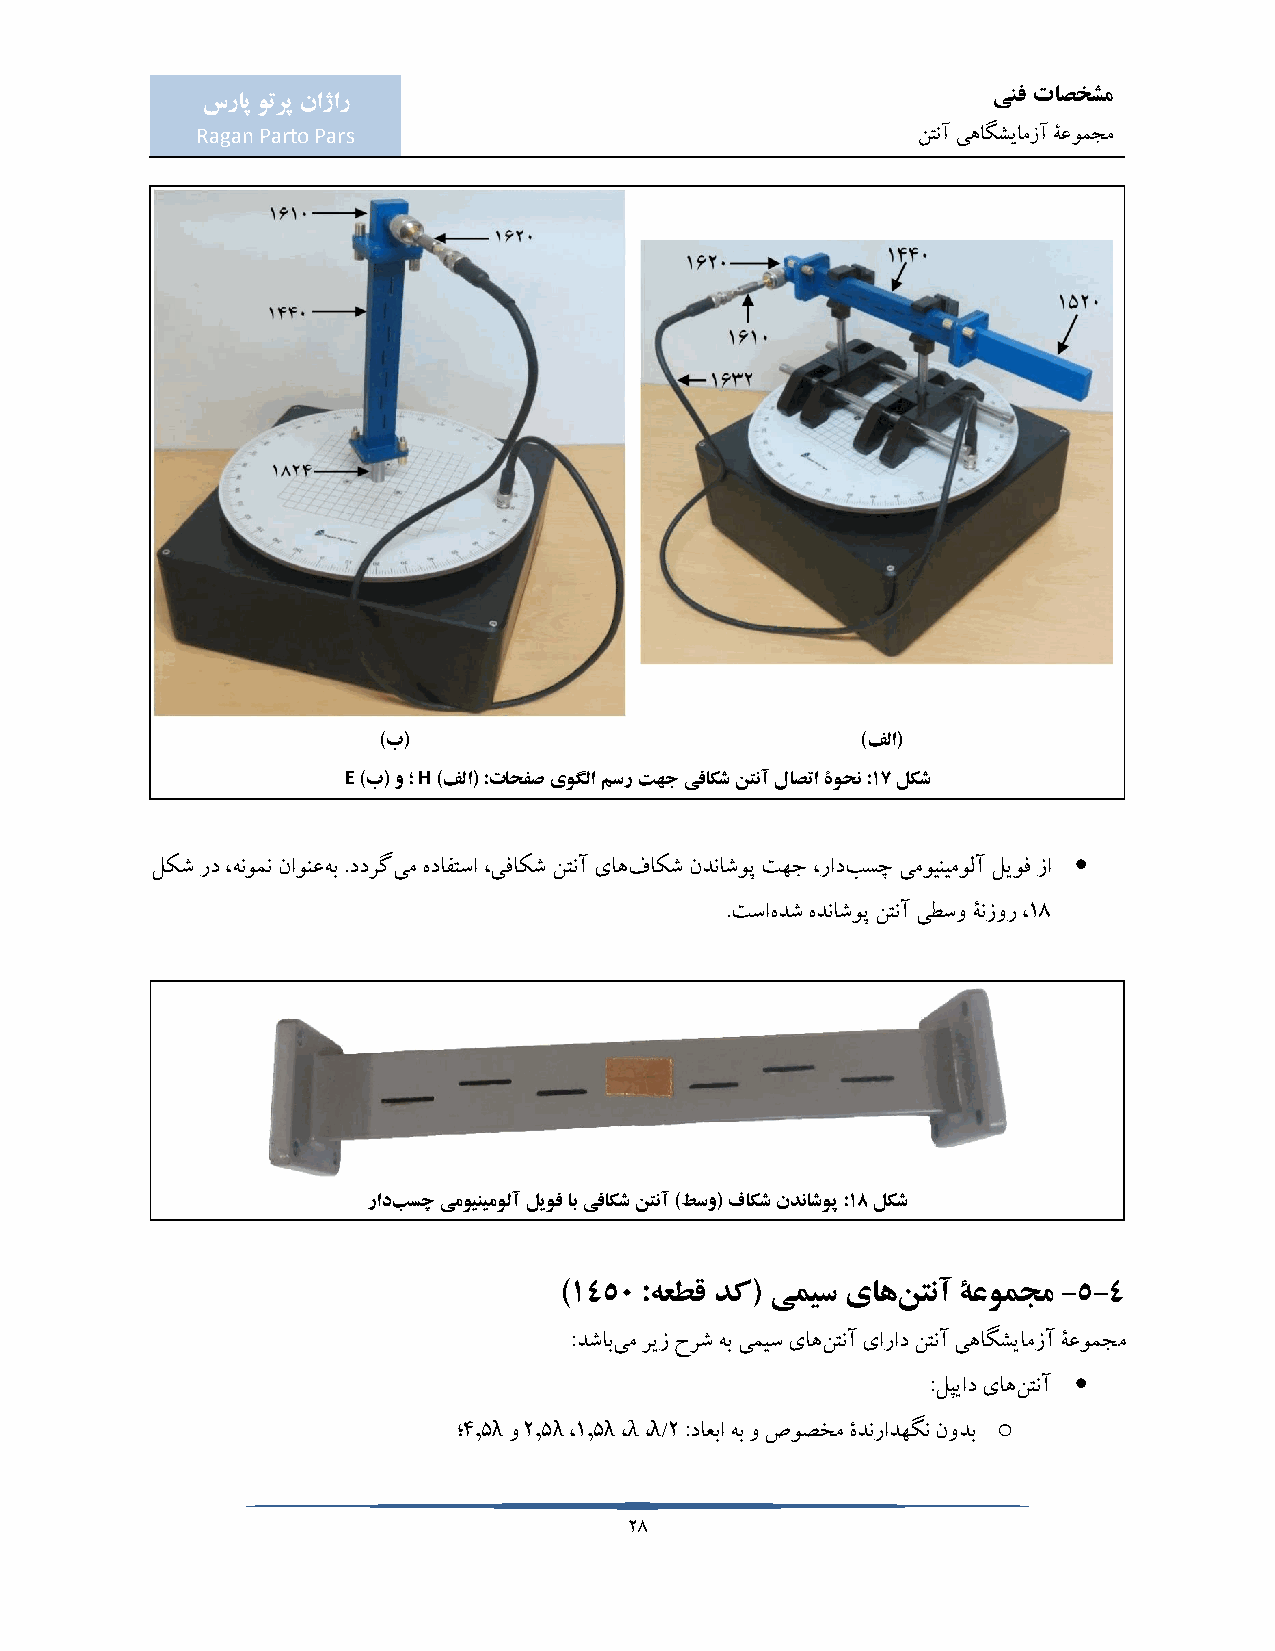
ینف تاصخشم
 سراپ وترپ ناژار
 Ragan Parto Pars                                نتنآ یهاگشیامزآ ۀعومجم
 )ب(                             )فلا(
 E )ب( و ؛ H )فلا( :تاحفص یوگلا مسر تهج یفاکش نتنآ لاصتا ۀوحن :17 لکش
 
 لکش رد ،هنومن ناونعهب .ددرگیم هدافتسا ،یفاکش نتنآ یاهفاکش ندناشوپ تهج ،رادبسچ یموینیمولآ لیوف زا
 .تساهدش هدناشوپ نتنآ یطسو ۀنزور ،18
 رادبسچ یموینیمولآ لیوف اب یفاکش نتنآ )طسو( فاکش ندناشوپ :18 لکش
 )1450 :هعطق دک( یمیس یاهنتنآ ۀعومجم -5-4
 :دشابیم ریز حرش هب یمیس یاهنتنآ یاراد نتنآ یهاگشیامزآ ۀعومجم
 
 :لپیاد یاهنتنآ
 λ   λ  λ λ λ                     o
 ؛4.5 و 2.5 ،1.5 ، ، /2 :داعبا هب و صوصخم ۀدنرادهگن نودب
 28